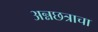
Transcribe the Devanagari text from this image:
अन्नछत्राचा